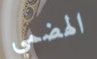
الهضمي